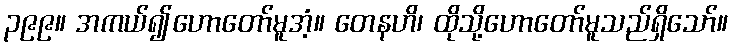
၃၉၉။ အကယ်၍ဟောတော်မူအံ့။ တေနဟိ၊ ထိုသို့ဟောတော်မူသည်ရှိသော်။